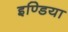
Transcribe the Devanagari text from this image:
इण्‍डिया